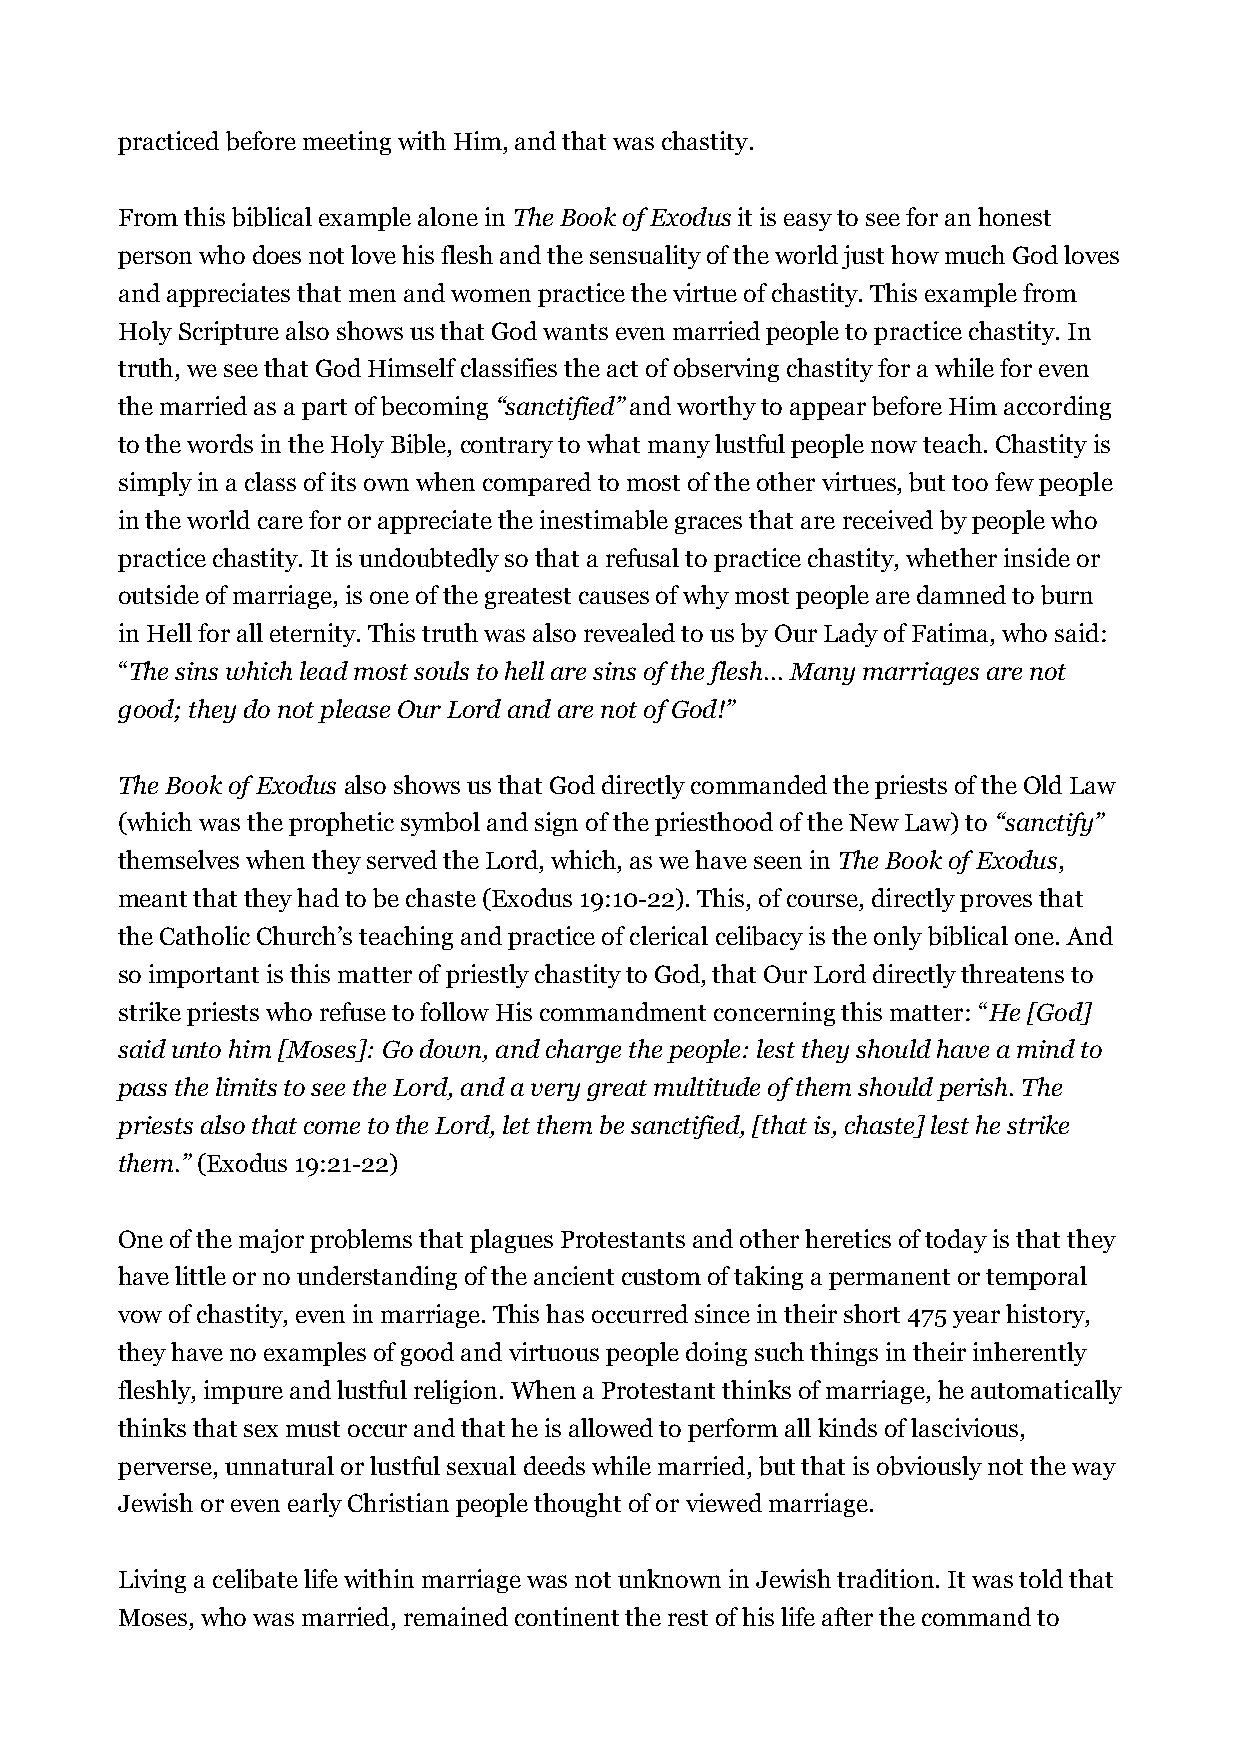
practiced before meeting with Him, and that was chastity.
 From this biblical example alone in The Book of Exodus it is easy to see for an honest
 person who does not love his flesh and the sensuality of the world just how much God loves
 and appreciates that men and women practice the virtue of chastity. This example from
 Holy Scripture also shows us that God wants even married people to practice chastity. In
 truth, we see that God Himself classifies the act of observing chastity for a while for even
 the married as a part of becoming “sanctified” and worthy to appear before Him according
 to the words in the Holy Bible, contrary to what many lustful people now teach. Chastity is
 simply in a class of its own when compared to most of the other virtues, but too few people
 in the world care for or appreciate the inestimable graces that are received by people who
 practice chastity. It is undoubtedly so that a refusal to practice chastity, whether inside or
 outside of marriage, is one of the greatest causes of why most people are damned to burn
 in Hell for all eternity. This truth was also revealed to us by Our Lady of Fatima, who said:
 “The sins which lead most souls to hell are sins of the flesh... Many marriages are not
 good; they do not please Our Lord and are not of God!”
 The Book of Exodus also shows us that God directly commanded the priests of the Old Law
 (which was the prophetic symbol and sign of the priesthood of the New Law) to “sanctify”
 themselves when they served the Lord, which, as we have seen in The Book of Exodus,
 meant that they had to be chaste (Exodus 19:10-22). This, of course, directly proves that
 the Catholic Church’s teaching and practice of clerical celibacy is the only biblical one. And
 so important is this matter of priestly chastity to God, that Our Lord directly threatens to
 strike priests who refuse to follow His commandment concerning this matter: “He [God]
 said unto him [Moses]: Go down, and charge the people: lest they should have a mind to
 pass the limits to see the Lord, and a very great multitude of them should perish. The
 priests also that come to the Lord, let them be sanctified, [that is, chaste] lest he strike
 them.” (Exodus 19:21-22)
 One of the major problems that plagues Protestants and other heretics of today is that they
 have little or no understanding of the ancient custom of taking a permanent or temporal
 vow of chastity, even in marriage. This has occurred since in their short 475 year history,
 they have no examples of good and virtuous people doing such things in their inherently
 fleshly, impure and lustful religion. When a Protestant thinks of marriage, he automatically
 thinks that sex must occur and that he is allowed to perform all kinds of lascivious,
 perverse, unnatural or lustful sexual deeds while married, but that is obviously not the way
 Jewish or even early Christian people thought of or viewed marriage.
 Living a celibate life within marriage was not unknown in Jewish tradition. It was told that
 Moses, who was married, remained continent the rest of his life after the command to